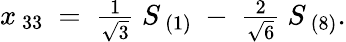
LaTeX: \begin{array}{l}{{x_{\ 33}\ =\ \frac{1}{\sqrt{3}}\ S_{\ (1)}\ -\ \frac{2}{\sqrt{6}}\ S_{\ (8)}.}}\end{array}